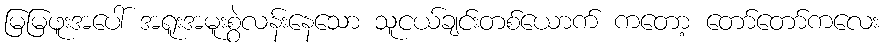
မြမြဖူးအပေါ် အရူးအမူးစွဲလန်းနေသော သူငယ်ချင်းတစ်ယောက် ကတော့ တော်တော်ကလေး